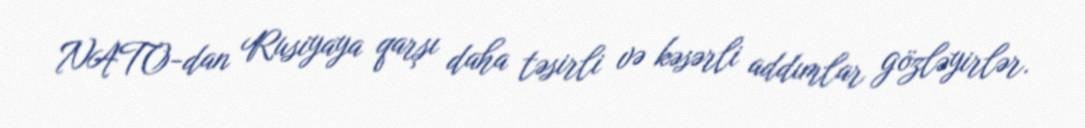
NATO-dan Rusiyaya qarşı daha təsirli və kəsərli addımlar gözləyirlər.